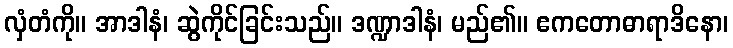
လှံတံကို။ အာဒါနံ၊ ဆွဲကိုင်ခြင်းသည်။ ဒဏ္ဍာဒါနံ၊ မည်၏။ ဧကတောဓာရာဒိနော၊